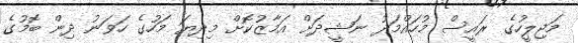
މަޖިލީހުގެ ރައީސް މުހައްމަދު ނަޝީދަށް އަމާޒުކޮށް މިދިޔަ މަހުގެ ހަވަަނު ދިން ބޮމުގެ